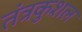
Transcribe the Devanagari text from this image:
तंत्रकुशल